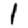
Digit: 1